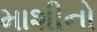
માશીનો